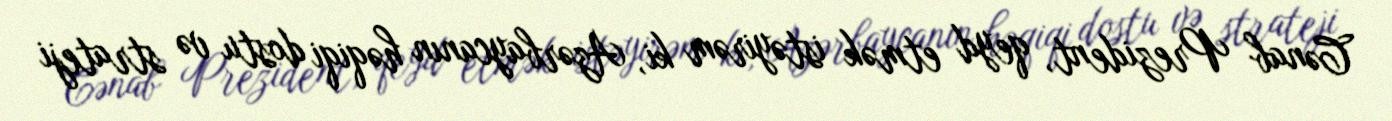
Cənab Prezident, qeyd etmək istəyirəm ki, Azərbaycanın həqiqi dostu və strateji